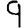
Digit: 9